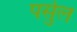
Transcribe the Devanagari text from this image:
पर्सुल